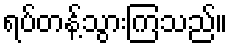
ရပ်တန့်သွားကြသည်။